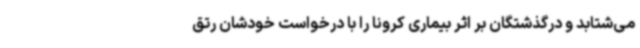
می‌شتابد و درگذشتگان بر اثر بیماری کرونا را با درخواست خودشان رتق